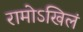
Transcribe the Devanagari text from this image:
रामोऽखिलं